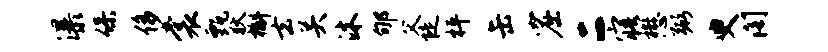
瀑保侈裳甄狄槲去关沐郇父陡枰缶窟二寤懋弼臾阁